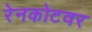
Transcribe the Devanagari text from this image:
रेनकोटवर